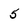
Character: 5